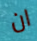
ان